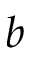
b